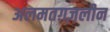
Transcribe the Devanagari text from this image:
अलमतग़ज़लीन